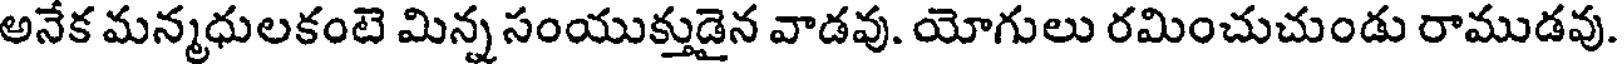
అనేక మన్మధులకంటె మిన్న సంయుక్తుడైన వాడవు. యోగులు రమించుచుండు రాముడవు.